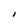
Character: I